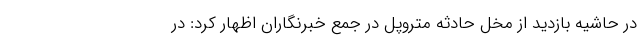
در حاشیه بازدید از مخل حادثه متروپل در جمع خبرنگاران اظهار کرد: در